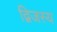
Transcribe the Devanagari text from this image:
द्विजस्य